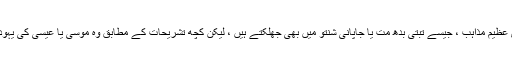
شمانی روایات کے عنصر کچھ عصری عظیم مذاہب ، جیسے تبتی بدھ مت یا جاپانی شنتو میں بھی جھلکتے ہیں ، لیکن کچھ تشریحات کے مطابق وہ موسی یا عیسیٰ کی یہودی عیسائی کہانیوں میں پائے جاتے ہیں۔